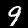
Digit: 9